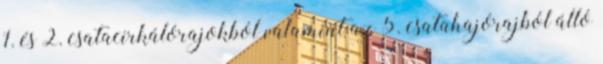
1. és 2. csatacirkálórajokból valamint az 5. csatahajórajból álló